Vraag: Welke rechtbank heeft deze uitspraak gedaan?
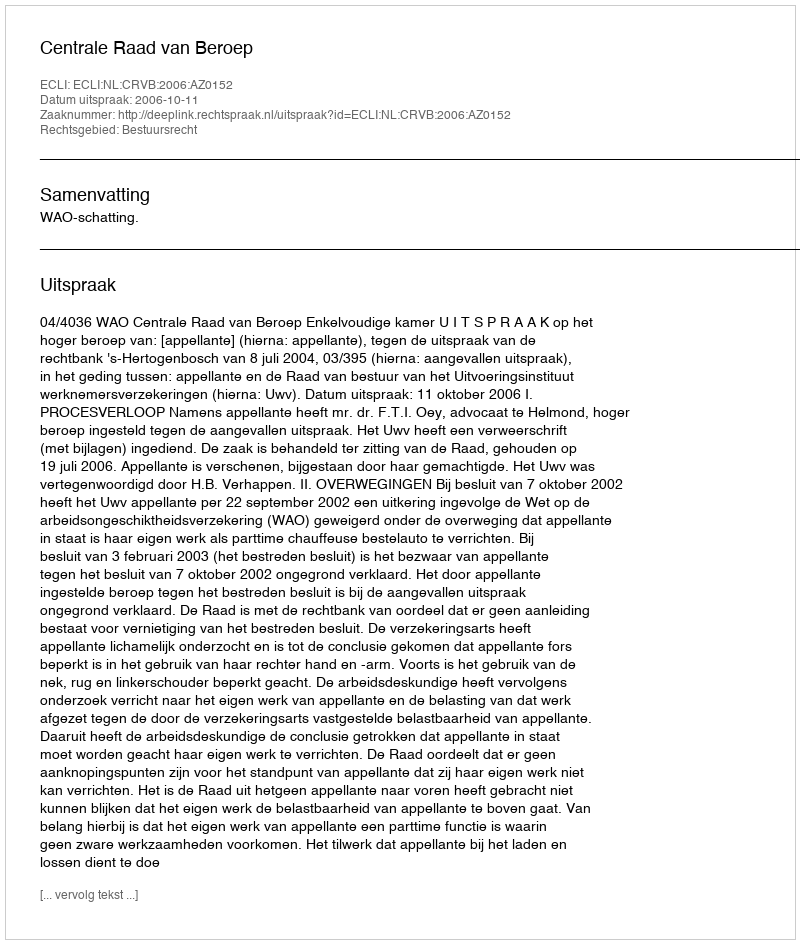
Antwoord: Centrale Raad van Beroep